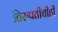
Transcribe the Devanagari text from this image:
तिरुपतीचीही